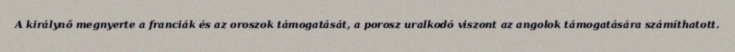
A királynő megnyerte a franciák és az oroszok támogatását, a porosz uralkodó viszont az angolok támogatására számíthatott.